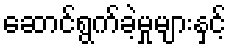
ဆောင်ရွက်ခဲ့မှုများနှင့်